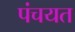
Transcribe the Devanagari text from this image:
पंचयत